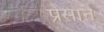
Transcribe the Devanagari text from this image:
प्रेस़ान